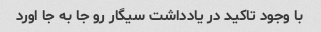
با وجود تاکید در یادداشت سیگار رو جا به جا اورد